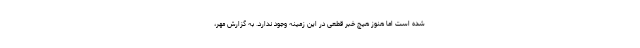
شده است اما هنوز هیچ خبر قطعی در این زمینه وجود ندارد. به گزارش مهر،